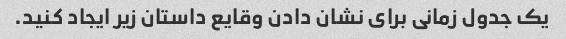
یک جدول زمانی برای نشان دادن وقایع داستان زیر ایجاد کنید.